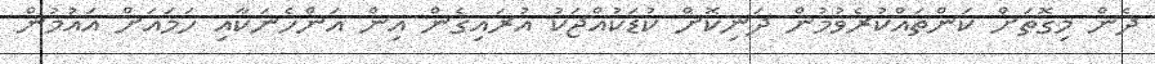
ދެން މިގޮތަށް ކަންތައްކުރެވުމުން ދަނިކޮށް ކުޑަކުއްޖަކު އުރައިގެން އިން އަންހެނަކާއި ހަމައަށް އައުމުން